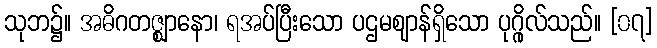
သုဘ၌။ အဓိဂတဇ္ဈာနော၊ ရအပ်ပြီးသော ပဌမဈာန်ရှိသော ပုဂ္ဂိုလ်သည်။ [၀၇]